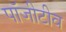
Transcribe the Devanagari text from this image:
पॉजीटीव